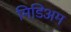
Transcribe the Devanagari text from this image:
मिडिअम